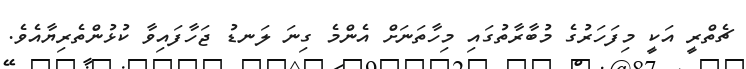
ޗެތްރީ އަކީ މިފަހަރުގެ މުބާރާތުގައި މިހާތަނަށް އެންމެ ގިނަ ލަނޑު ޖަހާފައިވާ ކުޅުންތެރިޔާއެވެ.